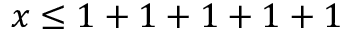
x \leq 1 + 1 + 1 + 1 + 1